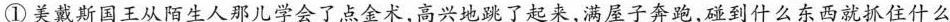
①美戴斯国王从陌生人那儿学会了点金术，高兴地跳了起来，满屋子奔跑，碰到什么东西就抓住什么